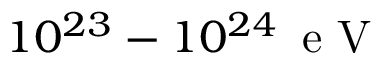
1 0 ^ { 2 3 } - 1 0 ^ { 2 4 } \, \mathrm { ~ e ~ V ~ }